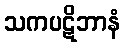
သကပဋိဘာနံ